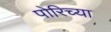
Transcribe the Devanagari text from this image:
पोरिच्या